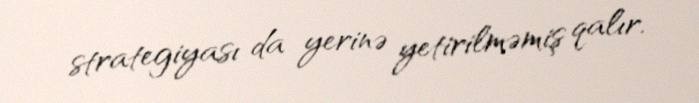
strategiyası da yerinə yetirilməmiş qalır.